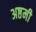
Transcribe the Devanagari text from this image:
अष्ठमी